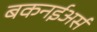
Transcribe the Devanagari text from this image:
बकनईअर्स